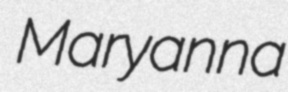
Maryanna